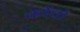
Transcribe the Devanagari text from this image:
कोंचो